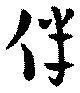
伴